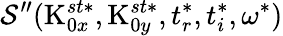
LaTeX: \mathcal{S}^{\prime\prime}(\textrm{{K}}_{0x}^{st*},\textrm{{K}}_{0y}^{st*},t_{r}^{*},t_{i}^{*},\omega^{*})